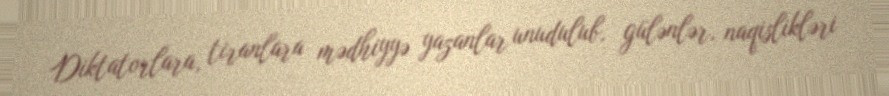
Diktatorlara, tiranlara mədhiyyə yazanlar unudulub, gülənlər, naqislikləri